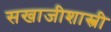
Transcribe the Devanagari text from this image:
सखाजीशास्त्री